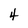
Character: 4